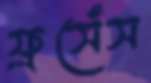
ফ্রসেঁস